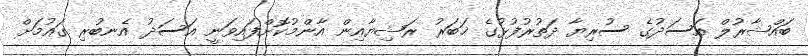
ބައްޝާރުލް އަސަދުގެ ސުރިޔާ ދަތުރުފުޅުގެ ޚަބަރު ރަޝިޔާއިން އާންމުކޮށްފައިވަނީ އަސަދު އެނބުރި ގައުމަށް